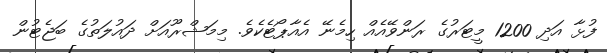
ފުޅާ އަދި 1200 މީޓަރުގެ ރަންވޭއެއް ހިމެނޭ އެއާޕޯޓެކެވެ. މިމަޝްރޫއަށް ދައުލަތުގެ ބަޖެޓުން